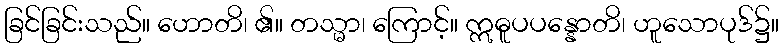
ခြင်ခြင်းသည်။ ဟောတိ၊ ၏။ တသ္မာ၊ ကြောင့်။ ဣဓူပပန္နောတိ၊ ဟူသောပုဒ်၌။